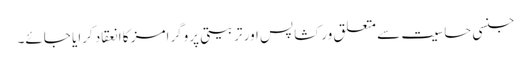
جنسی حساسیت سے متعلق ورکشاپس اور تربیتی پروگرامز کا انعقاد کرایا جائے۔